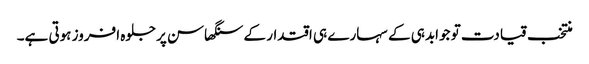
منتخب قیادت تو جوابدہی کے سہارے ہی اقتدار کے سنگھاسن پرجلوہ افروز ہوتی ہے۔